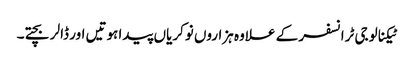
ٹیکنالوجی ٹرانسفر کے علاوہ ہزاروں نوکریاں پیدا ہوتیں اور ڈالر بچتے۔